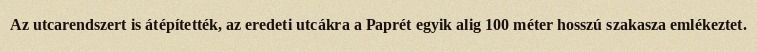
Az utcarendszert is átépítették, az eredeti utcákra a Paprét egyik alig 100 méter hosszú szakasza emlékeztet.